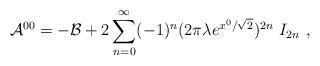
LaTeX: \begin{align*}{\cal A}^{00} =- {\cal B}+ 2\sum_{n=0}^\infty (-1)^n(2\pi\lambda e^{x^0/\sqrt{2}})^{2n}~I_{2n}~,\end{align*}